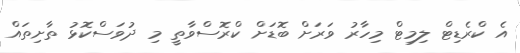
އެ ކްރެޑިޓް ލިމިޓް މިހާރު ވަރަށް ބޮޑަށް ކްރޮސްވާތީ މި ދުވަސްކޮޅު ތާށިތައް